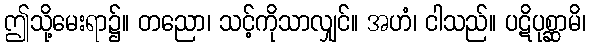
ဤသို့မေးရာ၌။ တညော၊ သင့်ကိုသာလျှင်။ အဟံ၊ ငါသည်။ ပဋိပုစ္ဆာမိ၊